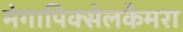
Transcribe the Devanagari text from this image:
मेगापिक्सेलकैमरा